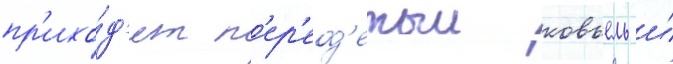
пр'ихо́д'ит п'ер'еод'етыи ковьель и́